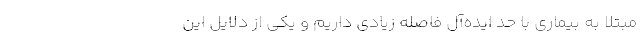
مبتلا به بیماری با حد ایده‌آل فاصله زیادی داریم و یکی از دلایل این